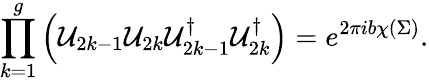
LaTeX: \prod_{k=1}^{g}\left({\cal U}_{2k-1}{\cal U}_{2k}{\cal U}_{2k-1}^{\dagger}{\cal U}_{2k}^{\dagger}\right)=e^{2\pi ib\chi(\Sigma)}.